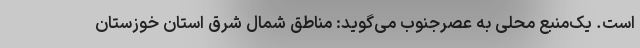
است. یک‌منبع محلی به عصرجنوب می‌گوید: مناطق شمال شرق استان خوزستان